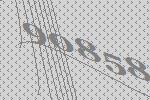
90858